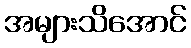
အများသိအောင်